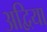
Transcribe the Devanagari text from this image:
अद्विया